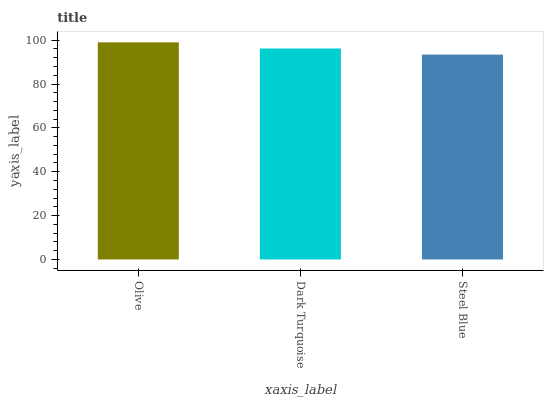
| xaxis_label | bars |
 | --- | --- |
 | Olive | 99 |
 | Dark Turquoise | 96.2 |
 | Steel Blue | 93.4 |